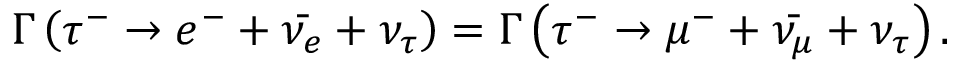
\Gamma \left( \tau ^ { - } \rightarrow e ^ { - } + { \bar { \nu _ { e } } } + \nu _ { \tau } \right) = \Gamma \left( \tau ^ { - } \rightarrow \mu ^ { - } + { \bar { \nu _ { \mu } } } + \nu _ { \tau } \right) .